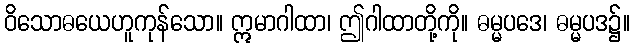
ဝိသောဓယေဟူကုန်သော။ ဣမာဂါထာ၊ ဤဂါထာတို့ကို။ ဓမ္မပဒေ၊ ဓမ္မပဒ၌။